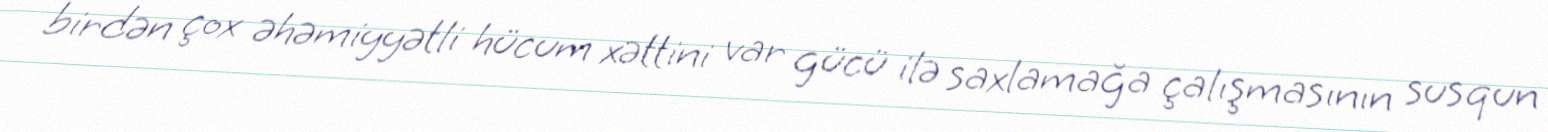
birdən çox əhəmiyyətli hücum xəttini var gücü ilə saxlamağa çalışmasının susqun